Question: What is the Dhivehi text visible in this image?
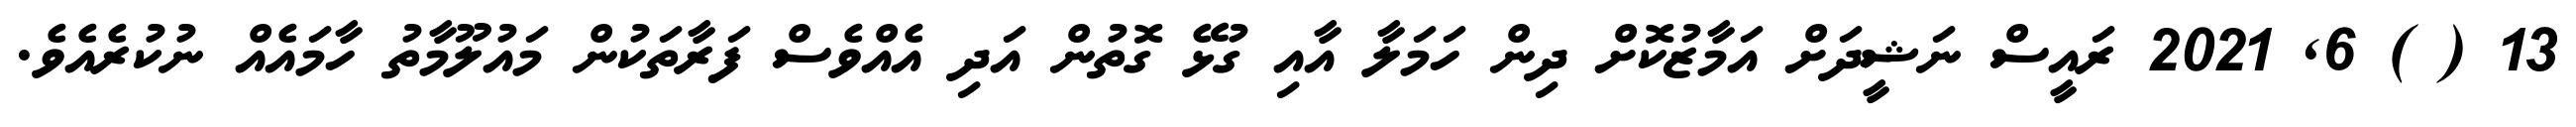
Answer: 13 ( ) 6, 2021 ރައީސް ނަޝީދަށް އަމާޒުކޮށް ދިން ހަމަލާ އާއި ގުޅޭ ގޮތުން އަދި އެއްވެސް ފަރާތަކުން މައުލޫމާތު ހާމައެއް ނުކުރެއެވެ.